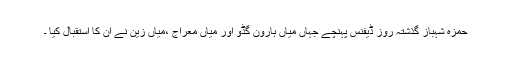
حمزہ شہباز گذشتہ روز ڈیفنس پہنچے جہاں میاں ہارون گڈو اور میاں معراج ،میاں زین نے ان کا استقبال کیا ۔